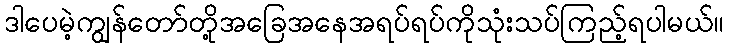
ဒါပေမဲ့ကျွန်တော်တို့အခြေအနေအရပ်ရပ်ကိုသုံးသပ်ကြည့်ရပါမယ်။